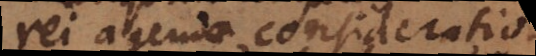
rei agendae considerationem